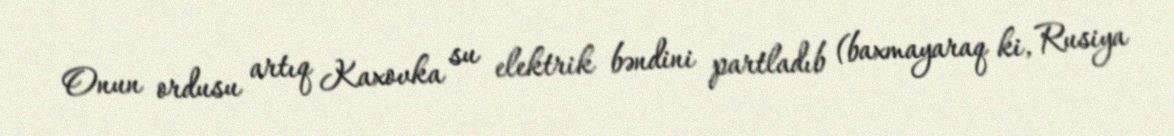
Onun ordusu artıq Kaxovka su elektrik bəndini partladıb (baxmayaraq ki, Rusiya